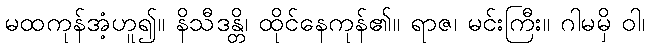
မထကုန်အံ့ဟူ၍။ နိသီဒန္တိ၊ ထိုင်နေကုန်၏။ ရာဇ၊ မင်းကြီး။ ဂါမမှိ ဝါ၊